DOW-UAP-D48, Department of the Air Force Report, 1996
Agency: Department of War
Incident date: 9/10/96
Page 76
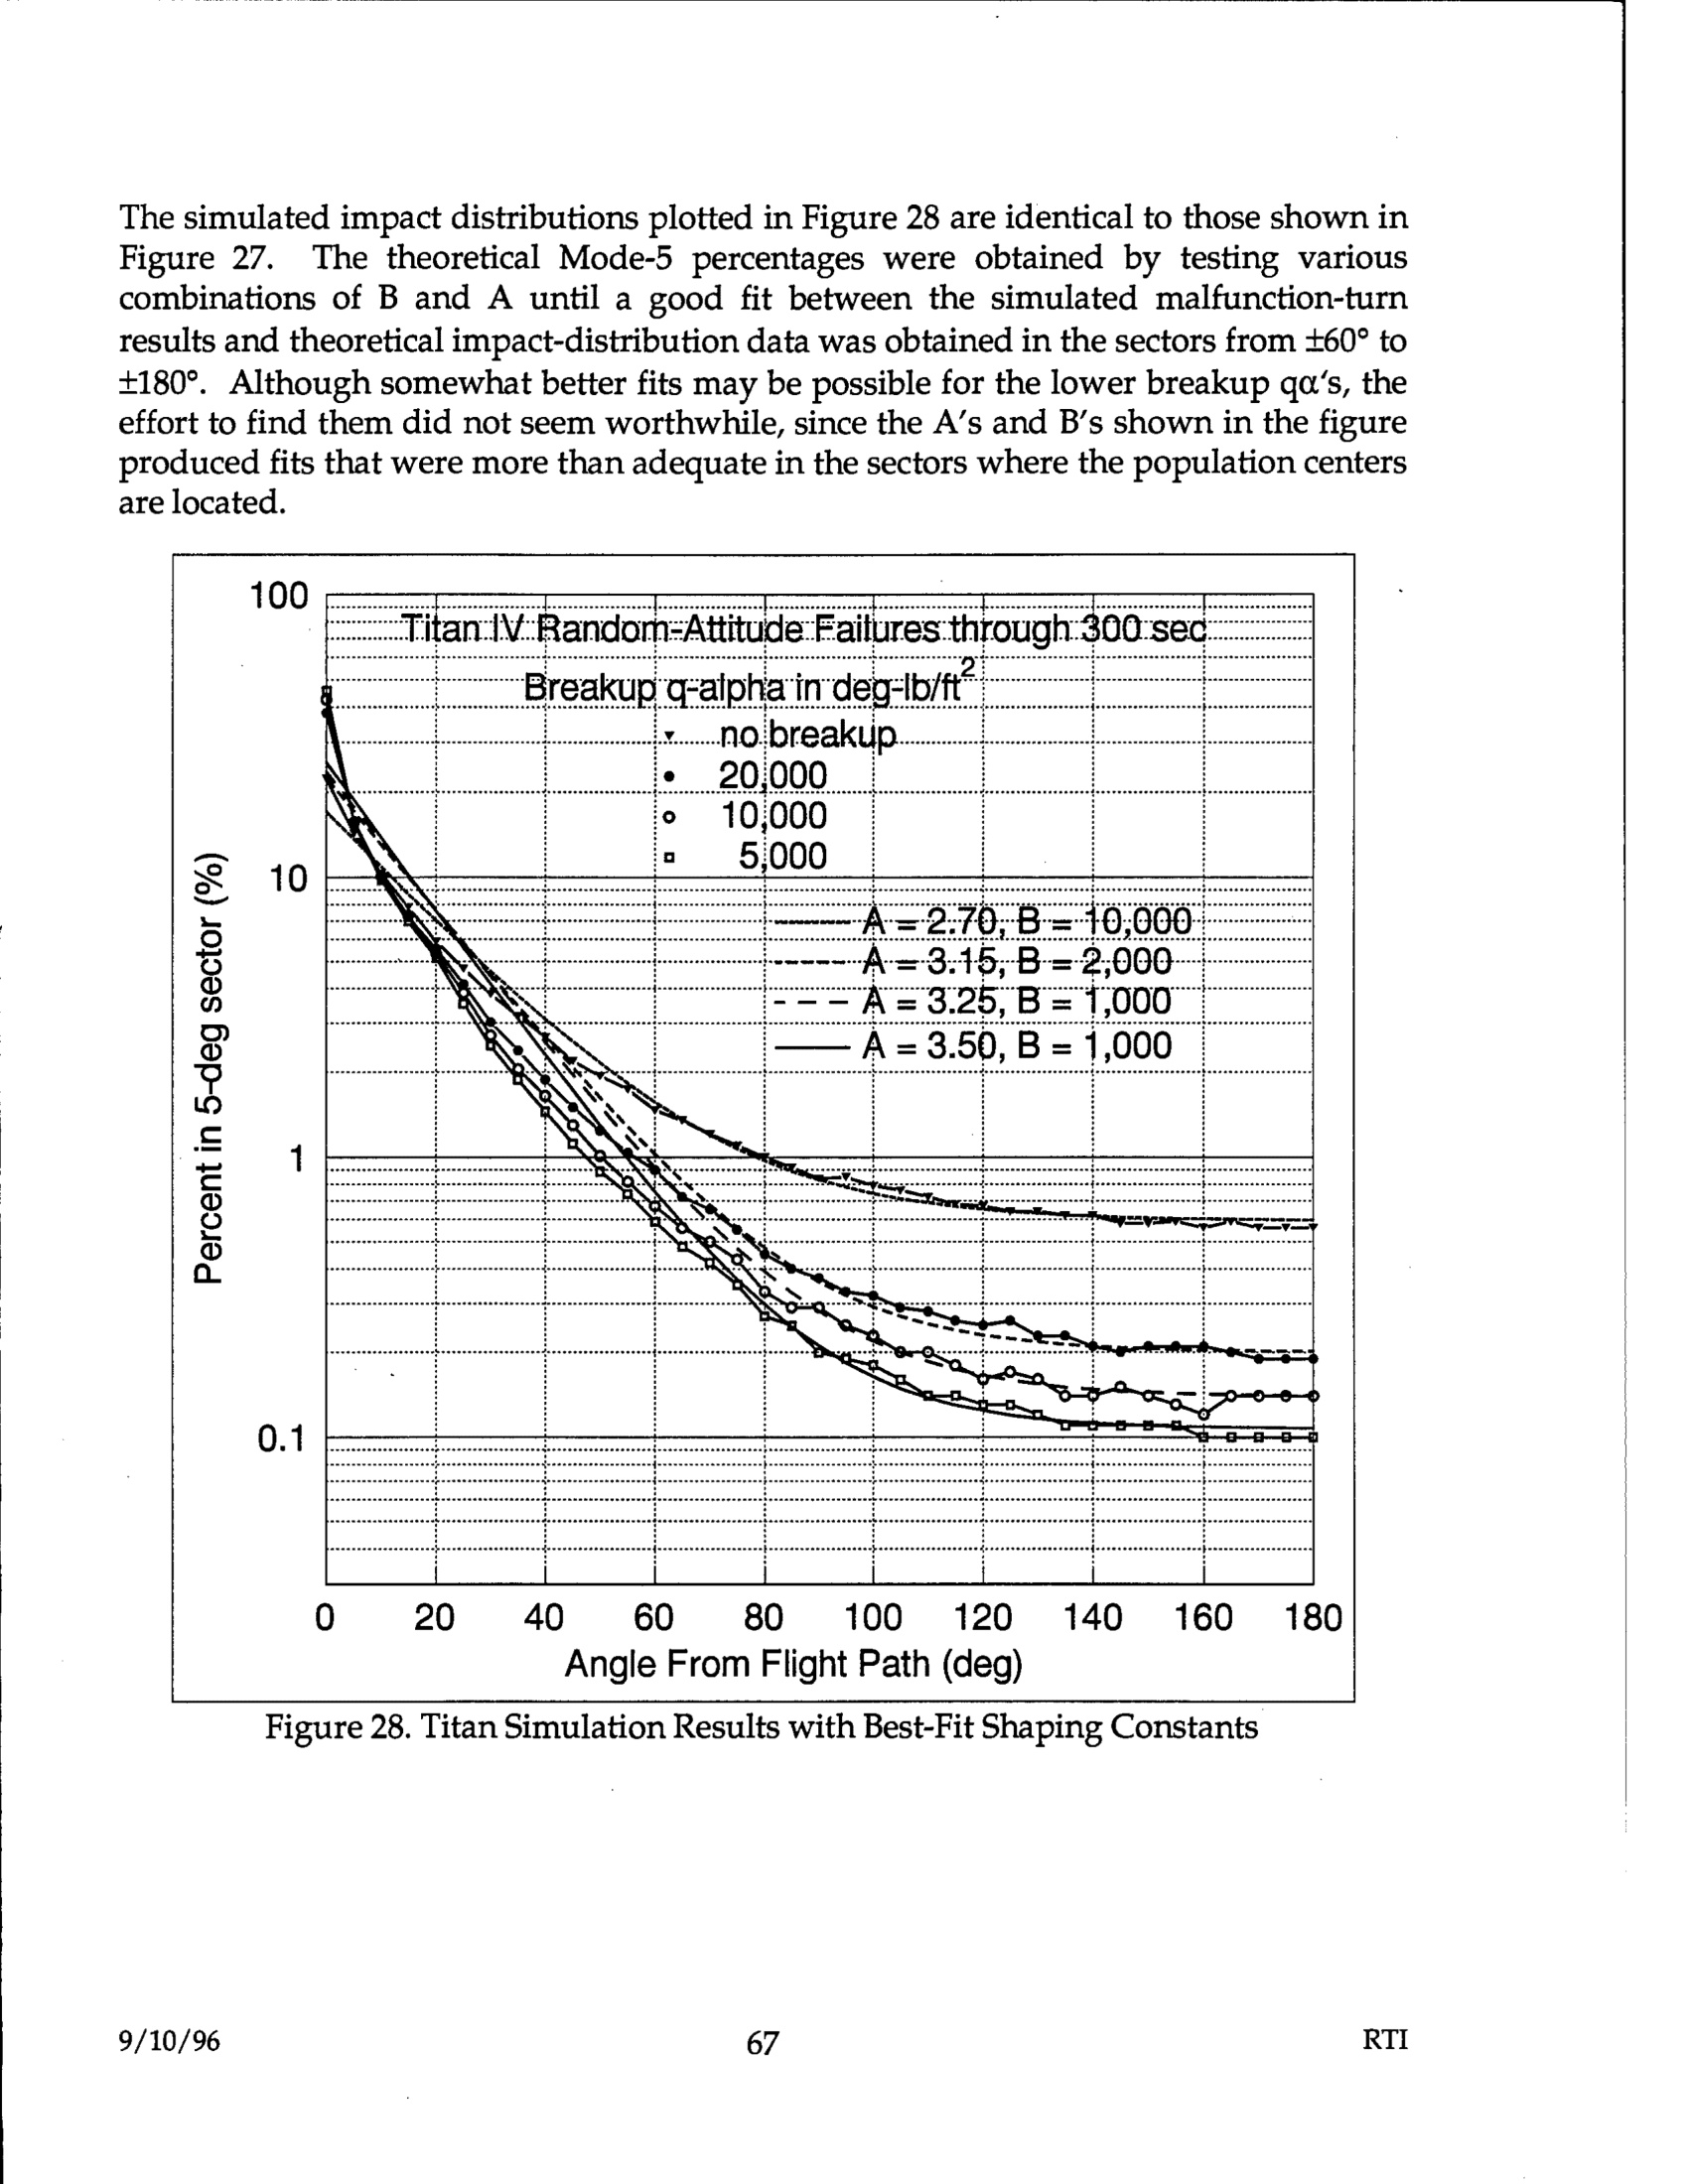